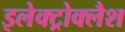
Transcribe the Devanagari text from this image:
इलेक्ट्रोक्लैश